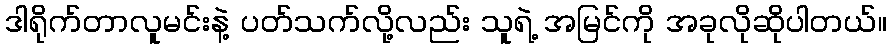
ဒါရိုက်တာလူမင်းနဲ့ ပတ်သက်လို့လည်း သူရဲ့ အမြင်ကို အခုလိုဆိုပါတယ်။